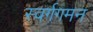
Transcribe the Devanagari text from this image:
स्वर्गगमन